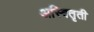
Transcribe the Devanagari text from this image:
अस्वितृती